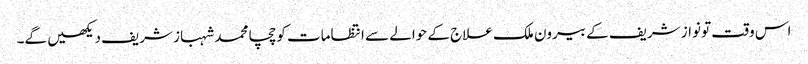
اس وقت تو نواز شریف کے بیرون ملک علاج کے حوالے سے انتظامات کو چچا محمد شہباز شریف دیکھیں گے۔